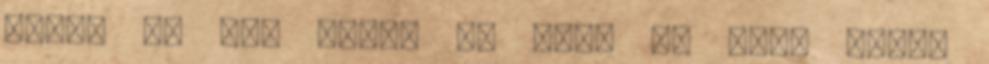
nekem is jól jönne ám ott. :- Szép napot